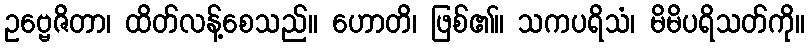
ဥဗ္ဗေဇိတာ၊ ထိတ်လန့်စေသည်။ ဟောတိ၊ ဖြစ်၏။ သကပရိသံ၊ မိမိပရိသတ်ကို။